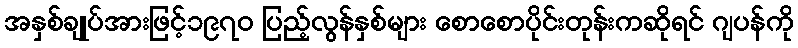
အနှစ်ချုပ်အားဖြင့်၁၉၇၀ ပြည့်လွန်နှစ်များ စောစောပိုင်းတုန်းကဆိုရင် ဂျပန်ကို